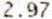
2.97